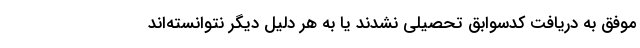
موفق به دریافت کدسوابق تحصیلی نشدند یا به هر دلیل دیگر نتوانسته‌اند